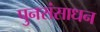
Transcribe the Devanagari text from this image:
पुनसंसाधन